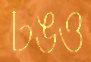
ঢঙও